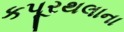
કપૂરથલાના